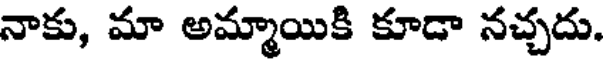
నాకు, మా అమ్మాయికి కూడా నచ్చదు.